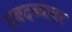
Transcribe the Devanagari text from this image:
दबदब्यावर